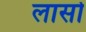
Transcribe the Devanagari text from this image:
लासो